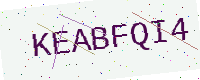
Text: KEABFQI4